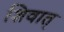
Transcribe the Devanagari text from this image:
शिवात्